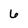
Character: 6